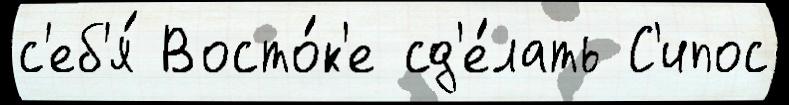
с'еб'я́ Восто́к'е сд'е́лать С'ипос